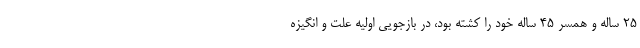
۲۵ ساله و همسر ۴۵ ساله خود را کشته بود، در بازجویی اولیه علت و انگیزه